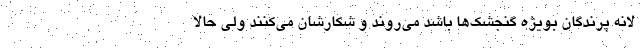
لانه پرندگان بویژه گنجشک‌ها باشد می‌روند و شکارشان می‌کنند ولی حالا